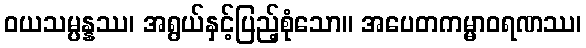
ဝယသမ္ပန္နဿ၊ အရွယ်နှင့်ပြည့်စုံသော။ အပေတကမ္မာဝရဏဿ၊